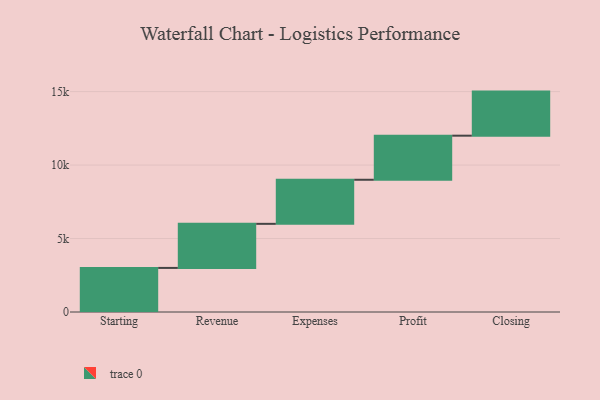
{"axis": {"x": "Step", "y": "Value"}, "legend": [""], "data": [{"x": "Starting", "y": 3000, "type": ""}, {"x": "Revenue", "y": 3000, "type": ""}, {"x": "Expenses", "y": 3000, "type": ""}, {"x": "Profit", "y": 3000, "type": ""}, {"x": "Closing", "y": 3000, "type": ""}]}